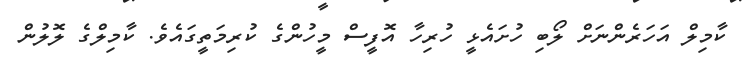
ކާމިލް އަހަރެންނަށް ލޯބި ހުށައެޅީ ހުރިހާ އޮފީސް މީހުންގެ ކުރިމަތީގައެވެ. ކާމިލްގެ ލޮލުން